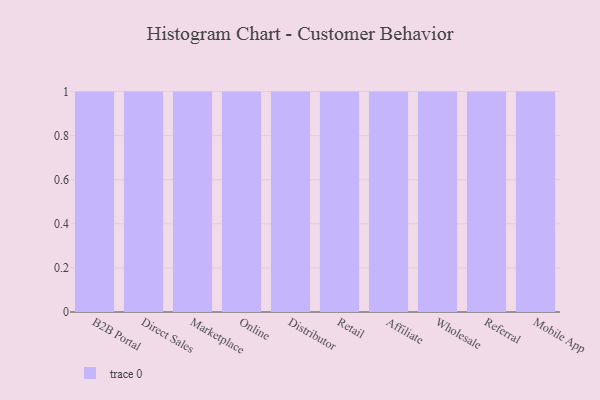
{"axis": {"x": "Channel", "y": "Tickets Resolved"}, "legend": [""], "data": [{"x": "B2B Portal", "y": 99, "type": ""}, {"x": "Direct Sales", "y": 8, "type": ""}, {"x": "Marketplace", "y": 68, "type": ""}, {"x": "Online", "y": 26, "type": ""}, {"x": "Distributor", "y": 6, "type": ""}, {"x": "Retail", "y": 40, "type": ""}, {"x": "Affiliate", "y": 10, "type": ""}, {"x": "Wholesale", "y": 27, "type": ""}, {"x": "Referral", "y": 32, "type": ""}, {"x": "Mobile App", "y": 2, "type": ""}]}